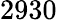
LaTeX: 2930